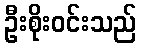
ဦးစိုးဝင်းသည်